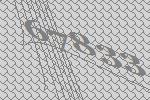
67833